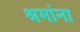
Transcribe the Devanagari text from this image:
श्रमांना